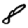
Digit: 8